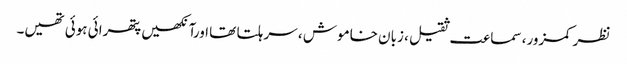
نظر کمزور، سماعت ثقیل ، زبان خاموش ، سر ہلتا تھا اورآنکھیں پتھرائی ہوئی تھیں۔